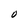
Character: O